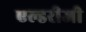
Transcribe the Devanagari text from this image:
एल्डरीजी